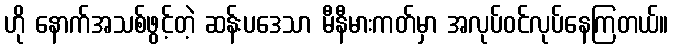
ဟို နောက်အသစ်ဖွင့်တဲ့ ဆန်းပဒေသာ မီနီမားကတ်မှာ အလုပ်ဝင်လုပ်နေကြတယ်။